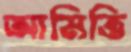
আমিত্তি